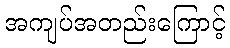
အကျပ်အတည်းကြောင့်